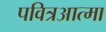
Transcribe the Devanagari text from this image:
पवित्रआत्मा